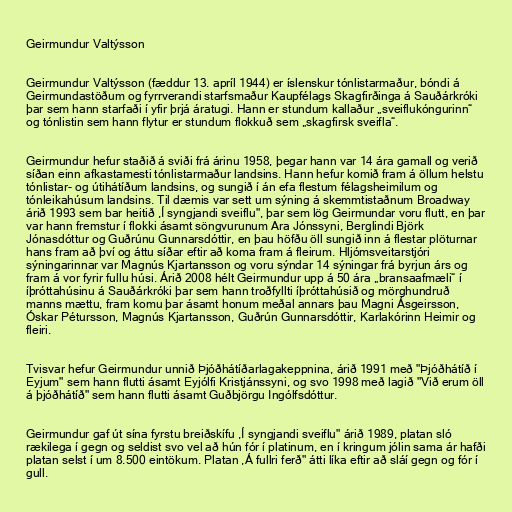
Geirmundur Valtýsson

Geirmundur Valtýsson (fæddur 13. apríl 1944) er íslenskur tónlistarmaður, bóndi á
Geirmundastöðum og fyrrverandi starfsmaður Kaupfélags Skagfirðinga á Sauðárkróki
þar sem hann starfaði í yfir þrjá áratugi. Hann er stundum kallaður „sveiflukóngurinn“
og tónlistin sem hann flytur er stundum flokkuð sem „skagfirsk sveifla“.

Geirmundur hefur staðið á sviði frá árinu 1958, þegar hann var 14 ára gamall og verið
síðan einn afkastamesti tónlistarmaður landsins. Hann hefur komið fram á öllum helstu
tónlistar- og útihátíðum landsins, og sungið í án efa flestum félagsheimilum og
tónleikahúsum landsins. Til dæmis var sett um sýning á skemmtistaðnum Broadway
árið 1993 sem bar heitið ,Í syngjandi sveiflu", þar sem lög Geirmundar voru flutt, en þar
var hann fremstur í flokki ásamt söngvurunum Ara Jónssyni, Berglindi Björk
Jónasdóttur og Guðrúnu Gunnarsdóttir, en þau höfðu öll sungið inn á flestar plöturnar
hans fram að því og áttu síðar eftir að koma fram á fleirum. Hljómsveitarstjóri
sýningarinnar var Magnús Kjartansson og voru sýndar 14 sýningar frá byrjun árs og
fram á vor fyrir fullu húsi. Árið 2008 hélt Geirmundur upp á 50 ára „bransaafmæli“ í
íþróttahúsinu á Sauðárkróki þar sem hann troðfyllti íþróttahúsið og mörghundruð
manns mættu, fram komu þar ásamt honum meðal annars þau Magni Ásgeirsson,
Óskar Pétursson, Magnús Kjartansson, Guðrún Gunnarsdóttir, Karlakórinn Heimir og
fleiri.

Tvisvar hefur Geirmundur unnið Þjóðhátíðarlagakeppnina, árið 1991 með "Þjóðhátíð í
Eyjum" sem hann flutti ásamt Eyjólfi Kristjánssyni, og svo 1998 með lagið "Við erum öll
á þjóðhátíð" sem hann flutti ásamt Guðbjörgu Ingólfsdóttur.

Geirmundur gaf út sína fyrstu breiðskífu ,Í syngjandi sveiflu" árið 1989, platan sló
rækilega í gegn og seldist svo vel að hún fór í platinum, en í kringum jólin sama ár hafði
platan selst í um 8.500 eintökum. Platan ,Á fullri ferð" átti líka eftir að sláí gegn og fór í
gull.